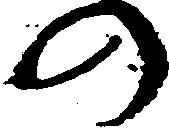
の